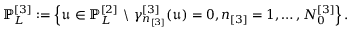
\mathbb { P } _ { L } ^ { [ 3 ] } : = \left\{ \mathfrak { u } \in \mathbb { P } _ { L } ^ { [ 2 ] } \ \backslash \ \gamma _ { n _ { [ 3 ] } } ^ { [ 3 ] } ( \mathfrak { u } ) = 0 , n _ { [ 3 ] } = 1 , \dots , N _ { 0 } ^ { [ 3 ] } \right\} .